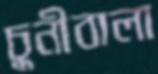
চুনীবালা